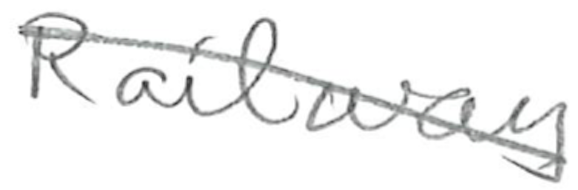
Text: Railway
Cross-out: diagonal
Writing tool: pencil